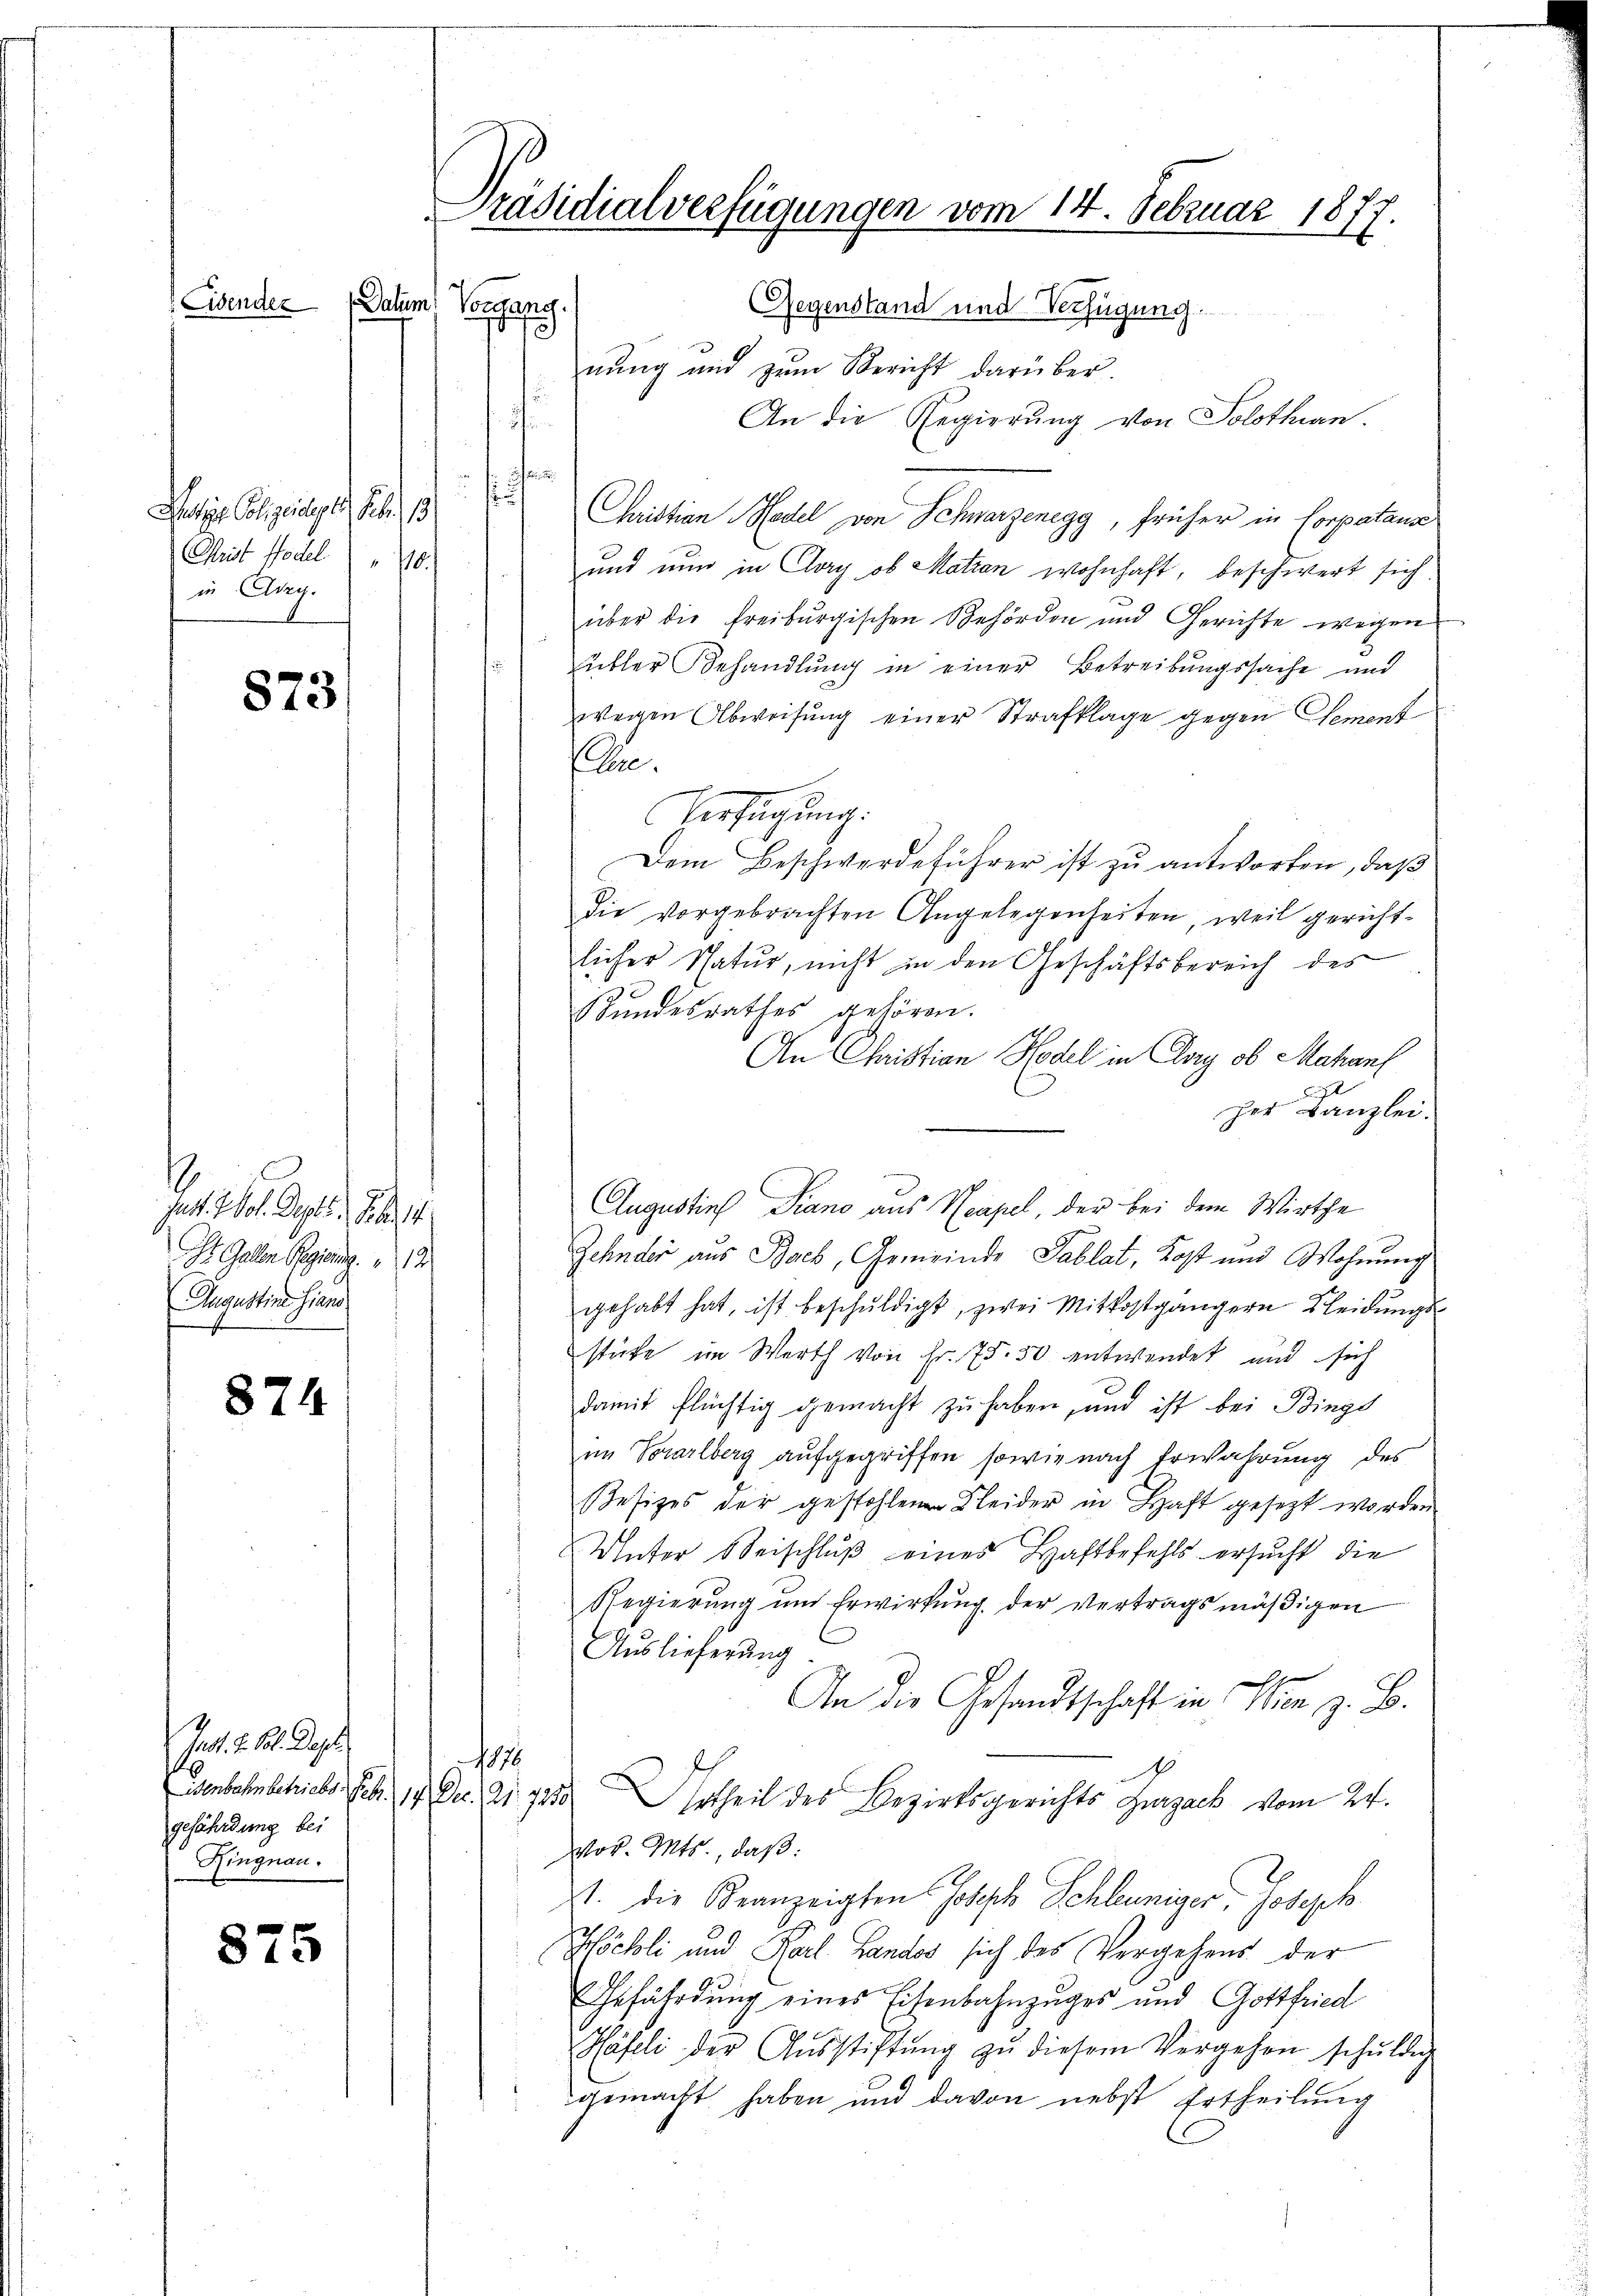
Eisender

Retzes Polizeidiget. Febr. 18
Geit Model " 10.
in Adeg.

873

jus. Vol. Sept. 86. 1
St. Gallen Regierung
Augustine hiene

874

122. Ap
gefährdung bei
Ringnau.

875

Präsidialverfügungen vom 14. Februar 1877.
Datum Vorgang.
Gegenstand und Verfügung.
nung und zum Bericht darüber.

t
An die Regierung von Solothurn.
e
a
s
Christian Model von Schwarzenegg, früher in Corpatana
und nun in Cory, ob Motion wohnhaft, beschwert sich
über die freiburgischen Behörden und Gerichte wegen
 übler Behandlung in einer Betreibungssache und
wegen Abweisŭng einer Strafklage gegen Gement
e.
Herfügung.
Dem Beschwerdeführer ist zu antworten, daß
Die vorgebrachten Angelegenheiten, weil gericht-
licher Natur, nicht in den Geschäftsbereich des
x
Sŭndesrathes gehören.
An Christian Hodel in Chory ob Mahanf
her Kanzlei.
Zehnder aus Bach, Gemeinde Tablat, Kost und Wohnung
gehabt hat, ist beschŭldigt, zwei Mitkostgängern Kleidungs-
stücke im Werth von Fr. 75. 50 entwendet und sich
damit flüchtig gemacht zu haben, und ist bei Bings
im Vorarlberg aufgegriffen, sowie nach Erwährung des
Besizes der gestohlenen Kleider in Haft gesetzt worden
Unter Beischluß eines Haftbefehls ersucht die
Regierung und Erwirkung der Vertragsmäßigen
Auslieferŭng
An die Gesandtschaft in Man z. B.
1876
1
Esenbahnbetriebes. Febr. 17. Dec. 21. 7250 Ertheil des Bezirksgerichts Zurzack vom 24.
Wov. Mts., daß:
st. Die Branzeigten Joseph Schleuniger, Joseph
(Höchli und Karl Lands sich des Vergehens der
Gefährdung eines Eisenbahnzuges und Gottfried
Häfeli der Aŭsstiftŭng zŭ diesem Vergehen schŭldig
gemacht haben und davon nebst Ertheilung

Augustins Piano aus Neapel, der bei dem Wirthe